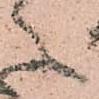
々